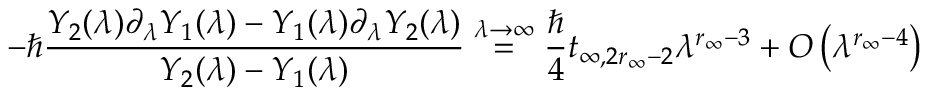
- \hbar \frac { Y _ { 2 } ( \lambda ) \partial _ { \lambda } Y _ { 1 } ( \lambda ) - Y _ { 1 } ( \lambda ) \partial _ { \lambda } Y _ { 2 } ( \lambda ) } { Y _ { 2 } ( \lambda ) - Y _ { 1 } ( \lambda ) } \overset { \lambda \to \infty } { = } \frac { \hbar } { 4 } t _ { \infty , 2 r _ { \infty } - 2 } \lambda ^ { r _ { \infty } - 3 } + O \left( \lambda ^ { r _ { \infty } - 4 } \right)